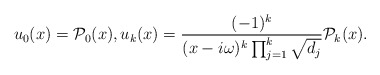
\begin{align*}u_0(x)=\mathcal{P}_0(x), u_k(x)=\dfrac{(-1)^k}{(x-i\omega)^k\prod_{j=1}^{k}\sqrt{d_j}}\mathcal{P}_k(x).\end{align*}